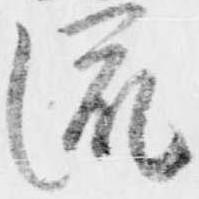
流